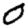
Digit: 0